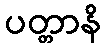
ပတ္တာနိ